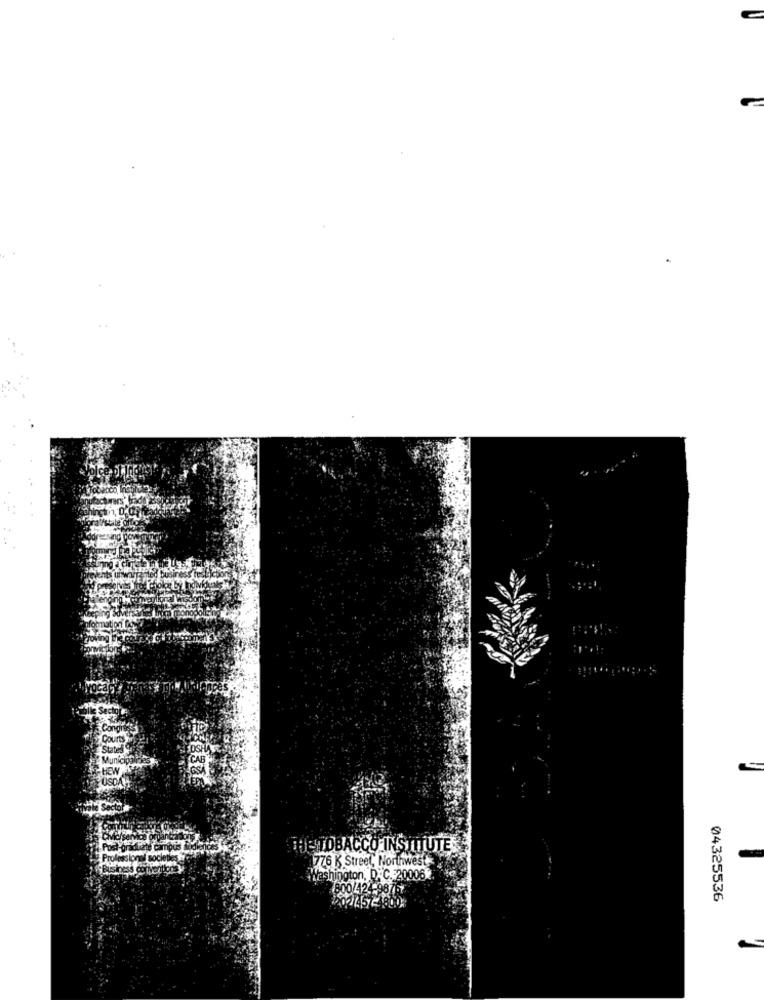
THE TOBACCO INSTITUTE
776 K Street, Northwest
washington, D.C. 20006
800/424-98767
202/457-4800
04325536